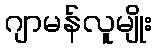
ဂျာမန်လူမျိုး